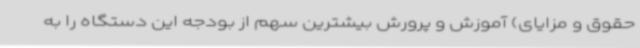
حقوق و مزایای) آموزش و پرورش بیشترین سهم از بودجه این دستگاه را به‌